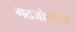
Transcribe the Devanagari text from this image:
गठजोणांचा